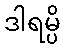
ဒါရမ္ပိ